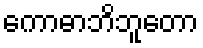
ကောဓာဘိဘူတော